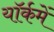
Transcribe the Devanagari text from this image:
यॉर्कमें